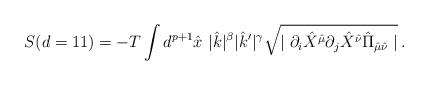
LaTeX: \begin{align*}S (d=11) =-T \int d^{p+1}\hat{x} \hspace{4pt} |\hat{k}|^{\beta} |\hat{k}^\prime|^{\gamma} \sqrt{\mid \partial_i \hat{X}^{\hat{\mu}} \partial_j \hat{X}^{\hat{\nu}}\hat{\Pi}_{\hat{\mu}\hat{\nu}} \mid}\, .\end{align*}